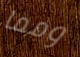
ومما